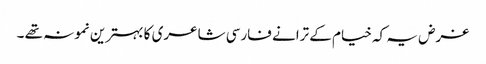
غرض یہ کہ خیام کے ترانے فارسی شاعری کا بہترین نمونہ تھے ۔